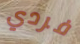
فردي